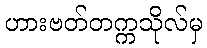
ဟားဗတ်တက္ကသိုလ်မှ